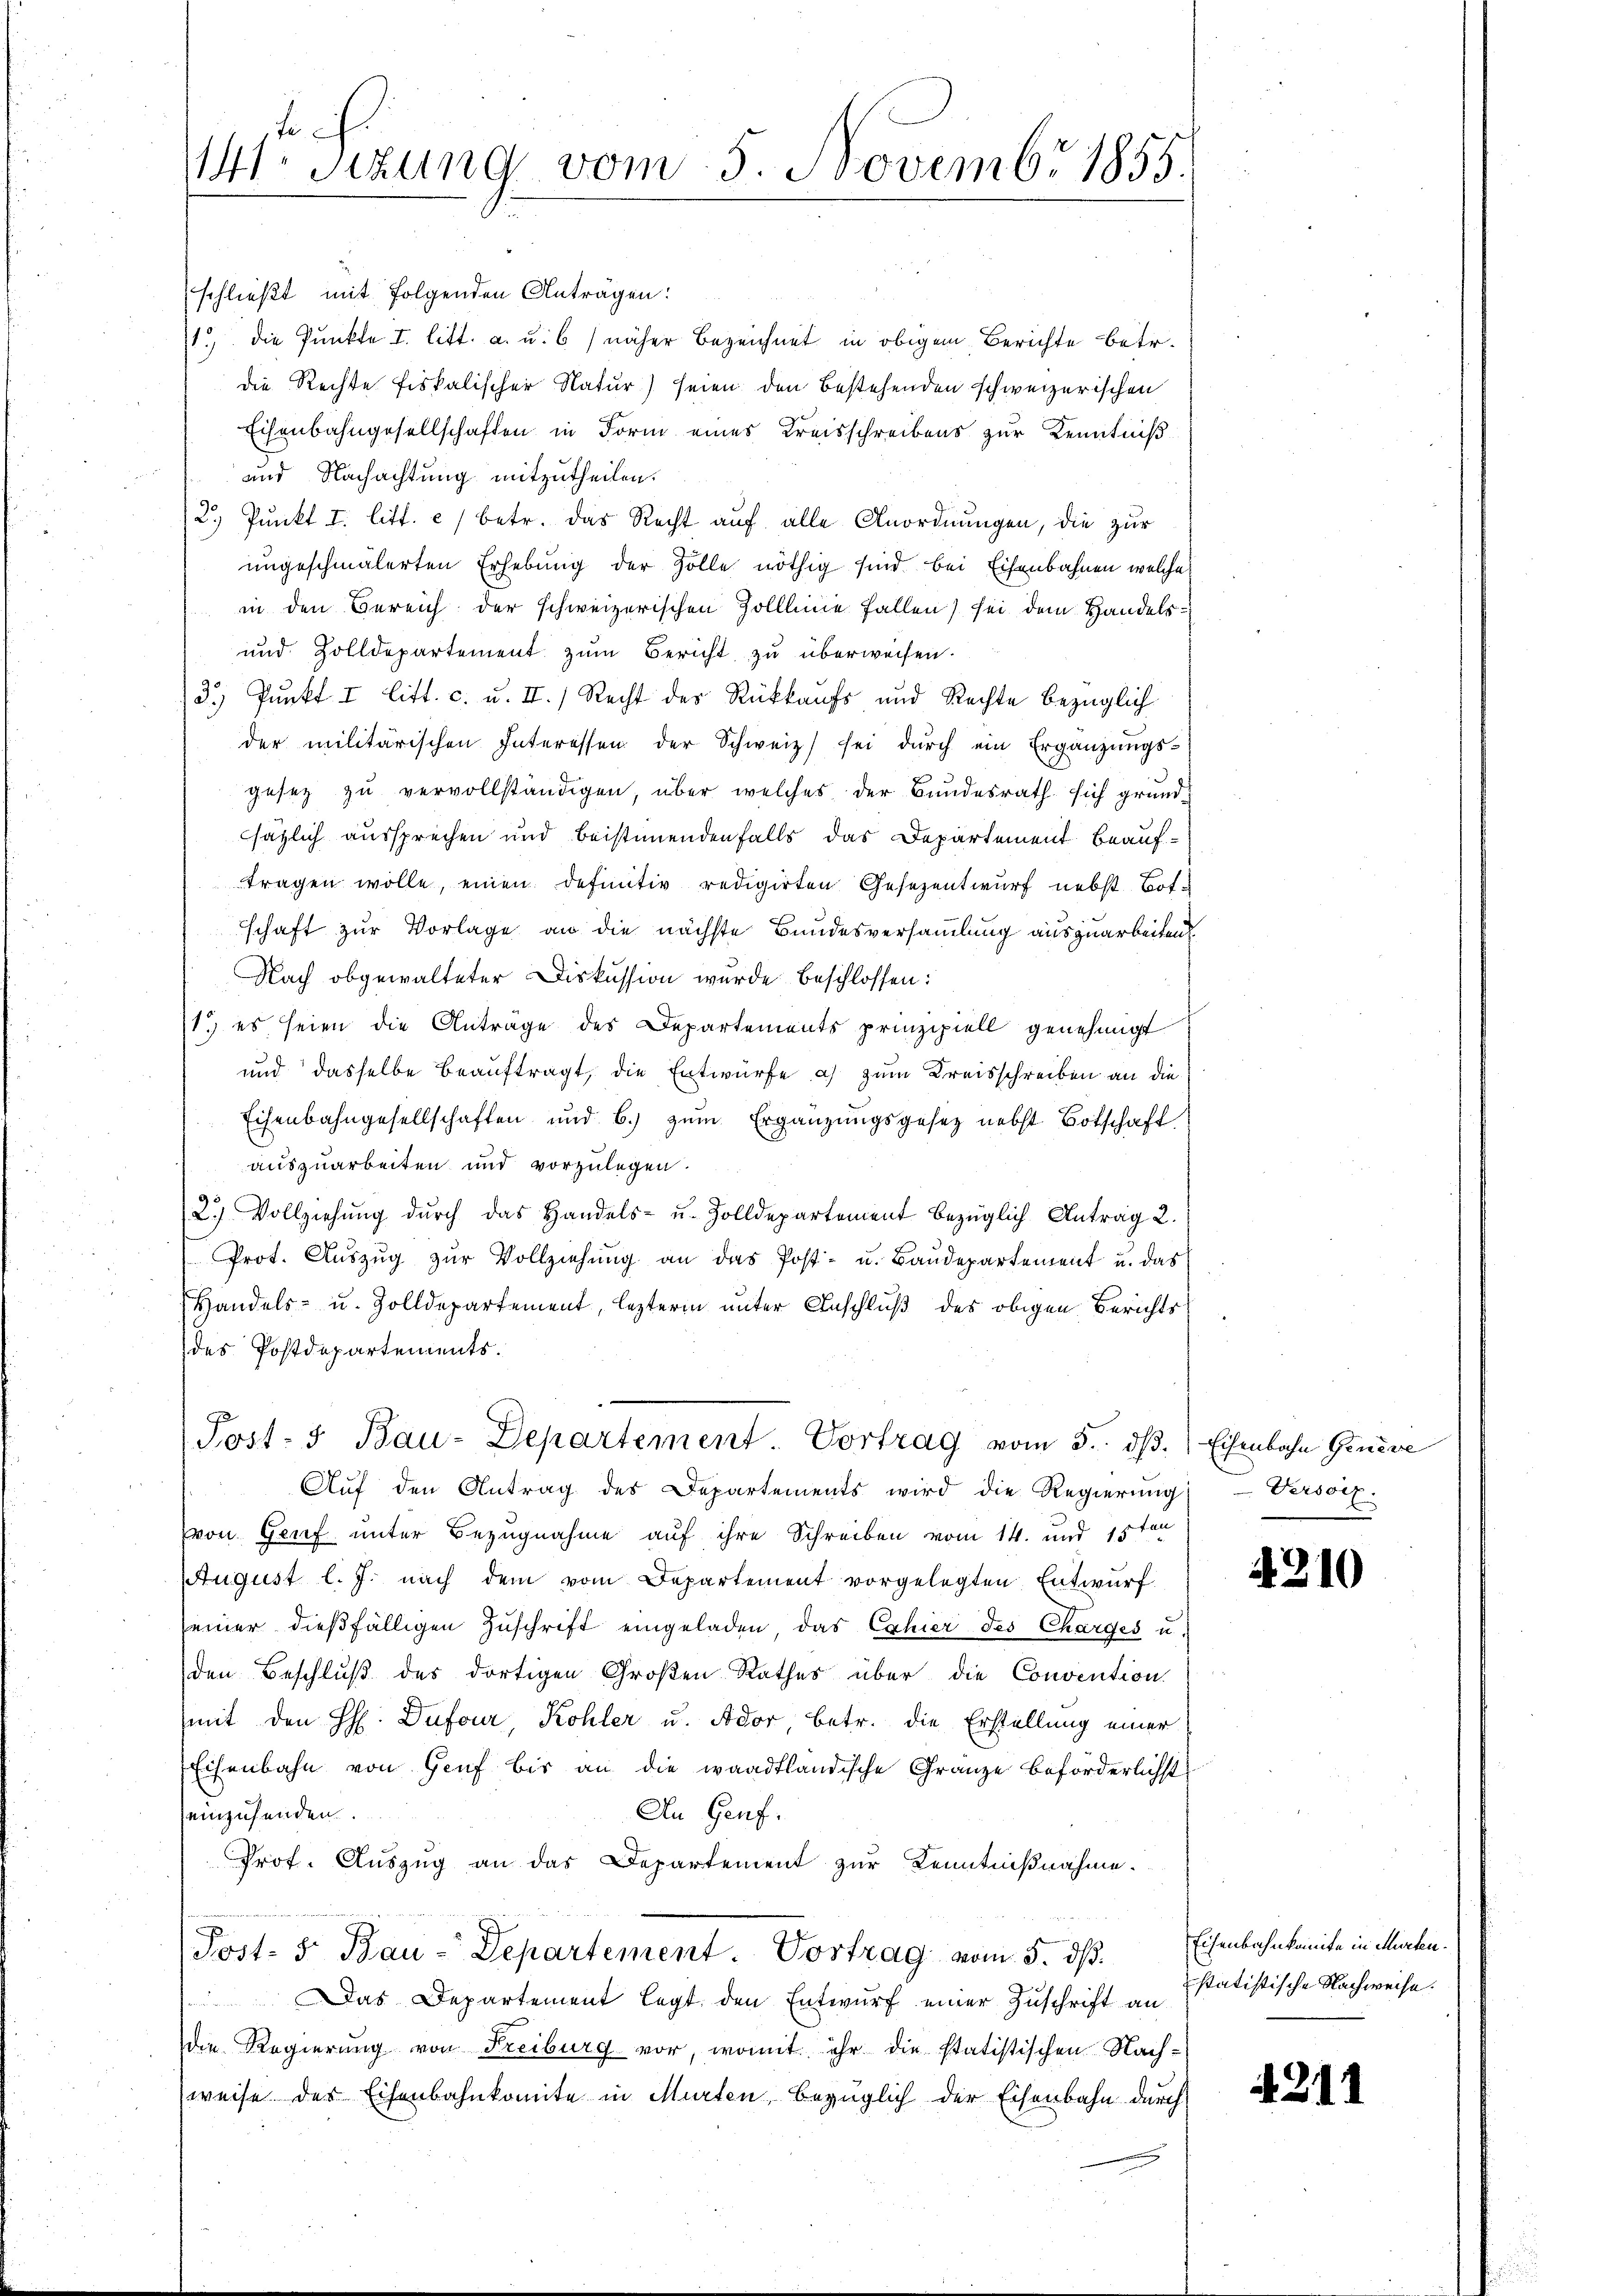
141 sizung vom 5. Novembr 1855.

schließt mit folgenden Antragen:
1.) die Punkte I. litt. a. u. 6) näher bezeichnet in obigem Berichte betr.
die Rechte fiskalischer Natur) seien den bestehenden schweizerischen
Eisenbahngesellschaften in Form eines Kreisschreibens zur Kenntniß
und Nachachtung mitzutheilen.
2.) Punkt I. litt. c) betr. das Recht auf alle Anordnungen, die zur
ungeschmälerten Erhebung der Zolle nöthig sind bei Eisenbahnen welche
in den Bereich der schweizerischen Zollleine Fallen) sei dem Handels¬
und Zolldepartement zum Bericht zu überweisen.
3.) Punkt I litt. c. u. II.) Recht des Rückkaufs und Rechte bezüglich
der militärischen Interessen der Schweiz) sei dŭrch ein Ergänzŭngs-
gesez zu vervollständigen, über welches der Bundesrath sich grundsätzlich aussprechen und beistimmenden falls das Departement Beauftragen wolle, einen definitiv redigirten Gesezentwurf nebst Botschaft zur Vorlage an die nächste Bundesversammlung auszuarbeiten
Nach obgewalteter Diskussion wurde beschlossen:
1.) es seien die Antrage des Departements prinzipiell genehmigt
und dasselbe beauftragt, die Entwürfe a) zum Kreisschreiben an die
Eisenbahngesellschaften und b.) zum Ergänzungsgesetz nebst Botschaft
auszuarbeiten und vorzulegen.
2.) Vollziehung durch das Handels- u. Zolldepartement bezüglich Antrag 2.
Prot. Aŭszŭg zŭr Vollziehŭng an das Post- u. Baŭdepartement u. das
Handels- u. Zolldepartement, lezterm unter Anschluß des obigen Berichts
des Postdepartements.
Post- 5. Bau-Departement. Vortrag vom 5. dβ. Eisenbahn Geneve
Aŭf den Antrag des Departements wird die Regierŭng Versor
von Genf unter Bezugnahme auf ihre Schreiben vom 14. und 15ten
August l. J. nach dem vom Departement vorgelegten Entwurf
seiner dießfälligen Zŭschrift eingeladen, das Cahier des Charges u.
den Beschluß des dortigen Großen Rathes über die Convention
mit den H. Dufour, Kohler u. Ador, betr. die Erstellung einer
Eisenbahn von Genf bis an die waadtländische Gränze beförderlichst
An Genf.
einzusenden.
Prof. Auszug an das Departement zur Kenntnißnahme.
Post- 5. Bau-Departement. Vortrag vom 5. dß. Eisenbahnkomite in Michen.
Das Departement legt den Entwurf einer Zuschrift an
die Regierung von Freiburg vor, womit ihr die statistischen Nach-
weise der Eisenbahnkomite in Murten, bezüglich der Eisenbahn durch

4210

statistische Nachweise.

A 211